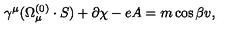
\gamma ^ { \mu } ( \Omega _ { \mu } ^ { ( 0 ) } \cdot S ) + \partial \chi - e A = m \cos { \beta } v ,